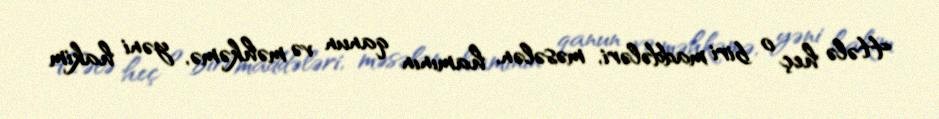
Hələ heç o biri maddələri, məsələn, hamının qanun və məhkəmə, yəni hakim